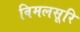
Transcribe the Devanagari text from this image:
विमलसूरि